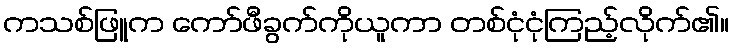
ကသစ်ဖြူက ကော်ဖီခွက်ကိုယူကာ တစ်ငုံငုံကြည့်လိုက်၏။